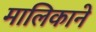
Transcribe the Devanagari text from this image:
मालिकाने